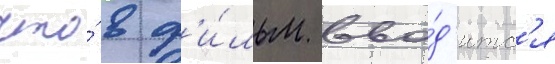
что́ в ф'и́льм вво́д'итс'я